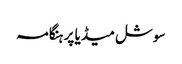
سوشل میڈیا پر ہنگامہ